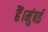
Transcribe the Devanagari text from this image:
हैं।मुंबई